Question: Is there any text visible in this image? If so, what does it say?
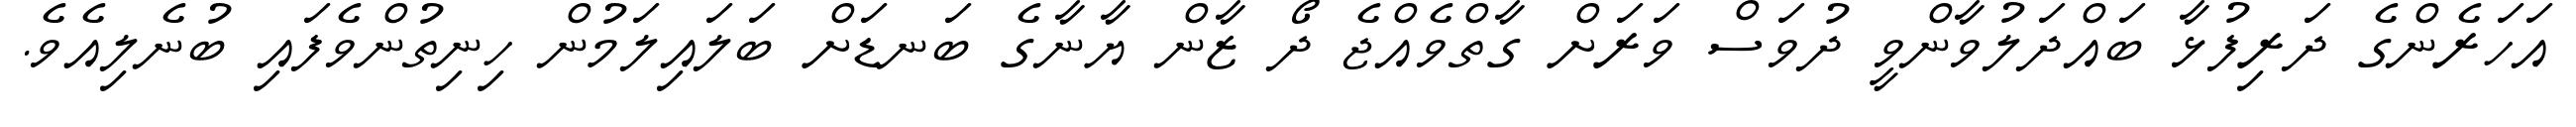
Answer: އަހަރެންގެ ދަރިފުޅާ ބައްދަލުވާންވީ ދުވަސް ވަރަށް ގާތްވެއްޖެ ދޯ ޒާން ޔާނާގެ ބަނޑަށް ބަލައިލަމުން ހިނިތުންވެފައި ބުނެލިއެވެ.